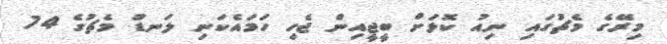
މިރޭގެ މެޗުގައި ނިއު ކޮޅަށް ބީޖީއިން ޖެހި ހަމައެކަނި ލަނޑު މެޗުގެ 74